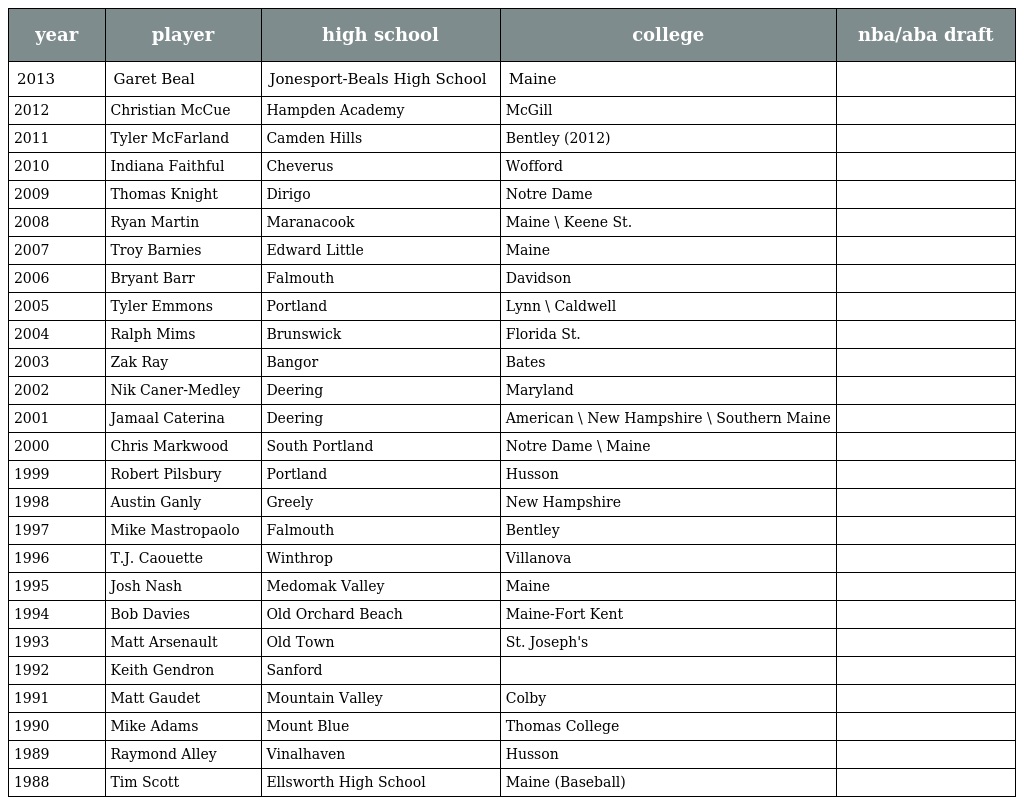
| year | player | high school | college | nba/aba draft |
 | --- | --- | --- | --- | --- |
 | 2013 | Garet Beal | Jonesport-Beals High School | Maine |  |
 | 2012 | Christian McCue | Hampden Academy | McGill |  |
 | 2011 | Tyler McFarland | Camden Hills | Bentley (2012) |  |
 | 2010 | Indiana Faithful | Cheverus | Wofford |  |
 | 2009 | Thomas Knight | Dirigo | Notre Dame |  |
 | 2008 | Ryan Martin | Maranacook | Maine \ Keene St. |  |
 | 2007 | Troy Barnies | Edward Little | Maine |  |
 | 2006 | Bryant Barr | Falmouth | Davidson |  |
 | 2005 | Tyler Emmons | Portland | Lynn \ Caldwell |  |
 | 2004 | Ralph Mims | Brunswick | Florida St. |  |
 | 2003 | Zak Ray | Bangor | Bates |  |
 | 2002 | Nik Caner-Medley | Deering | Maryland |  |
 | 2001 | Jamaal Caterina | Deering | American \ New Hampshire \ Southern Maine |  |
 | 2000 | Chris Markwood | South Portland | Notre Dame \ Maine |  |
 | 1999 | Robert Pilsbury | Portland | Husson |  |
 | 1998 | Austin Ganly | Greely | New Hampshire |  |
 | 1997 | Mike Mastropaolo | Falmouth | Bentley |  |
 | 1996 | T.J. Caouette | Winthrop | Villanova |  |
 | 1995 | Josh Nash | Medomak Valley | Maine |  |
 | 1994 | Bob Davies | Old Orchard Beach | Maine-Fort Kent |  |
 | 1993 | Matt Arsenault | Old Town | St. Joseph's |  |
 | 1992 | Keith Gendron | Sanford |  |  |
 | 1991 | Matt Gaudet | Mountain Valley | Colby |  |
 | 1990 | Mike Adams | Mount Blue | Thomas College |  |
 | 1989 | Raymond Alley | Vinalhaven | Husson |  |
 | 1988 | Tim Scott | Ellsworth High School | Maine (Baseball) |  |